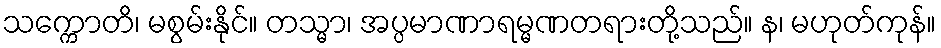
သက္ကောတိ၊ မစွမ်းနိုင်။ တသ္မာ၊ အပ္ပမာဏာရမ္မဏတရားတို့သည်။ န၊ မဟုတ်ကုန်။